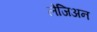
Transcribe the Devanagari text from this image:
लेजिअन